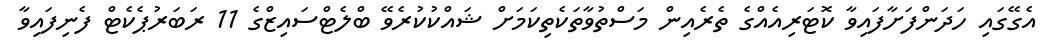
އެގޭގައި ހަދަންފަށާފައިވާ ކޮޓަރިއެއްގެ ތެރެއިން މަސްތުވާތަކެތިކަމަށް ޝައްކުކުރެވޭ ބްލެޓްސައިޒްގެ 11 ރަބަރުޕެކެޓް ފެނިފައިވާ